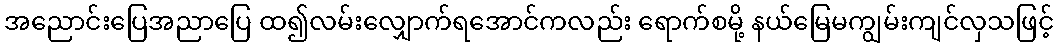
အညောင်းပြေအညာပြေ ထ၍လမ်းလျှောက်ရအောင်ကလည်း ရောက်စမို့ နယ်မြေမကျွမ်းကျင်လှသဖြင့်